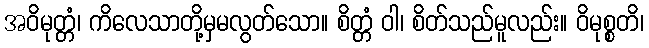
အဝိမုတ္တံ၊ ကိလေသာတို့မှမလွတ်သော။ စိတ္တံ ဝါ၊ စိတ်သည်မူလည်း။ ဝိမုစ္စတိ၊